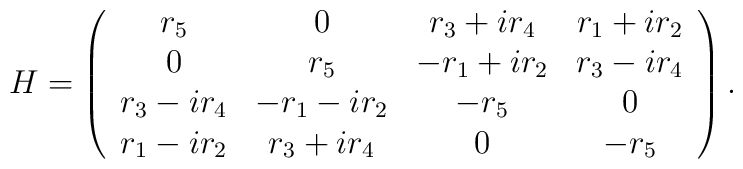
H=\left(\begin{array}{cccc}r_5 & 0 & r_3+ir_4 & r_1+ir_2 \\0 & r_5 & -r_1+ir_2 & r_3-ir_4 \\r_3-ir_4 & -r_1-ir_2 & -r_5 & 0 \\r_1-ir_2 & r_3+ir_4 & 0 & -r_5 \end{array}\right ).